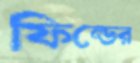
ফিল্ডের